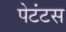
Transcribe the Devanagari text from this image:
पेटंटस